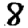
Digit: 8